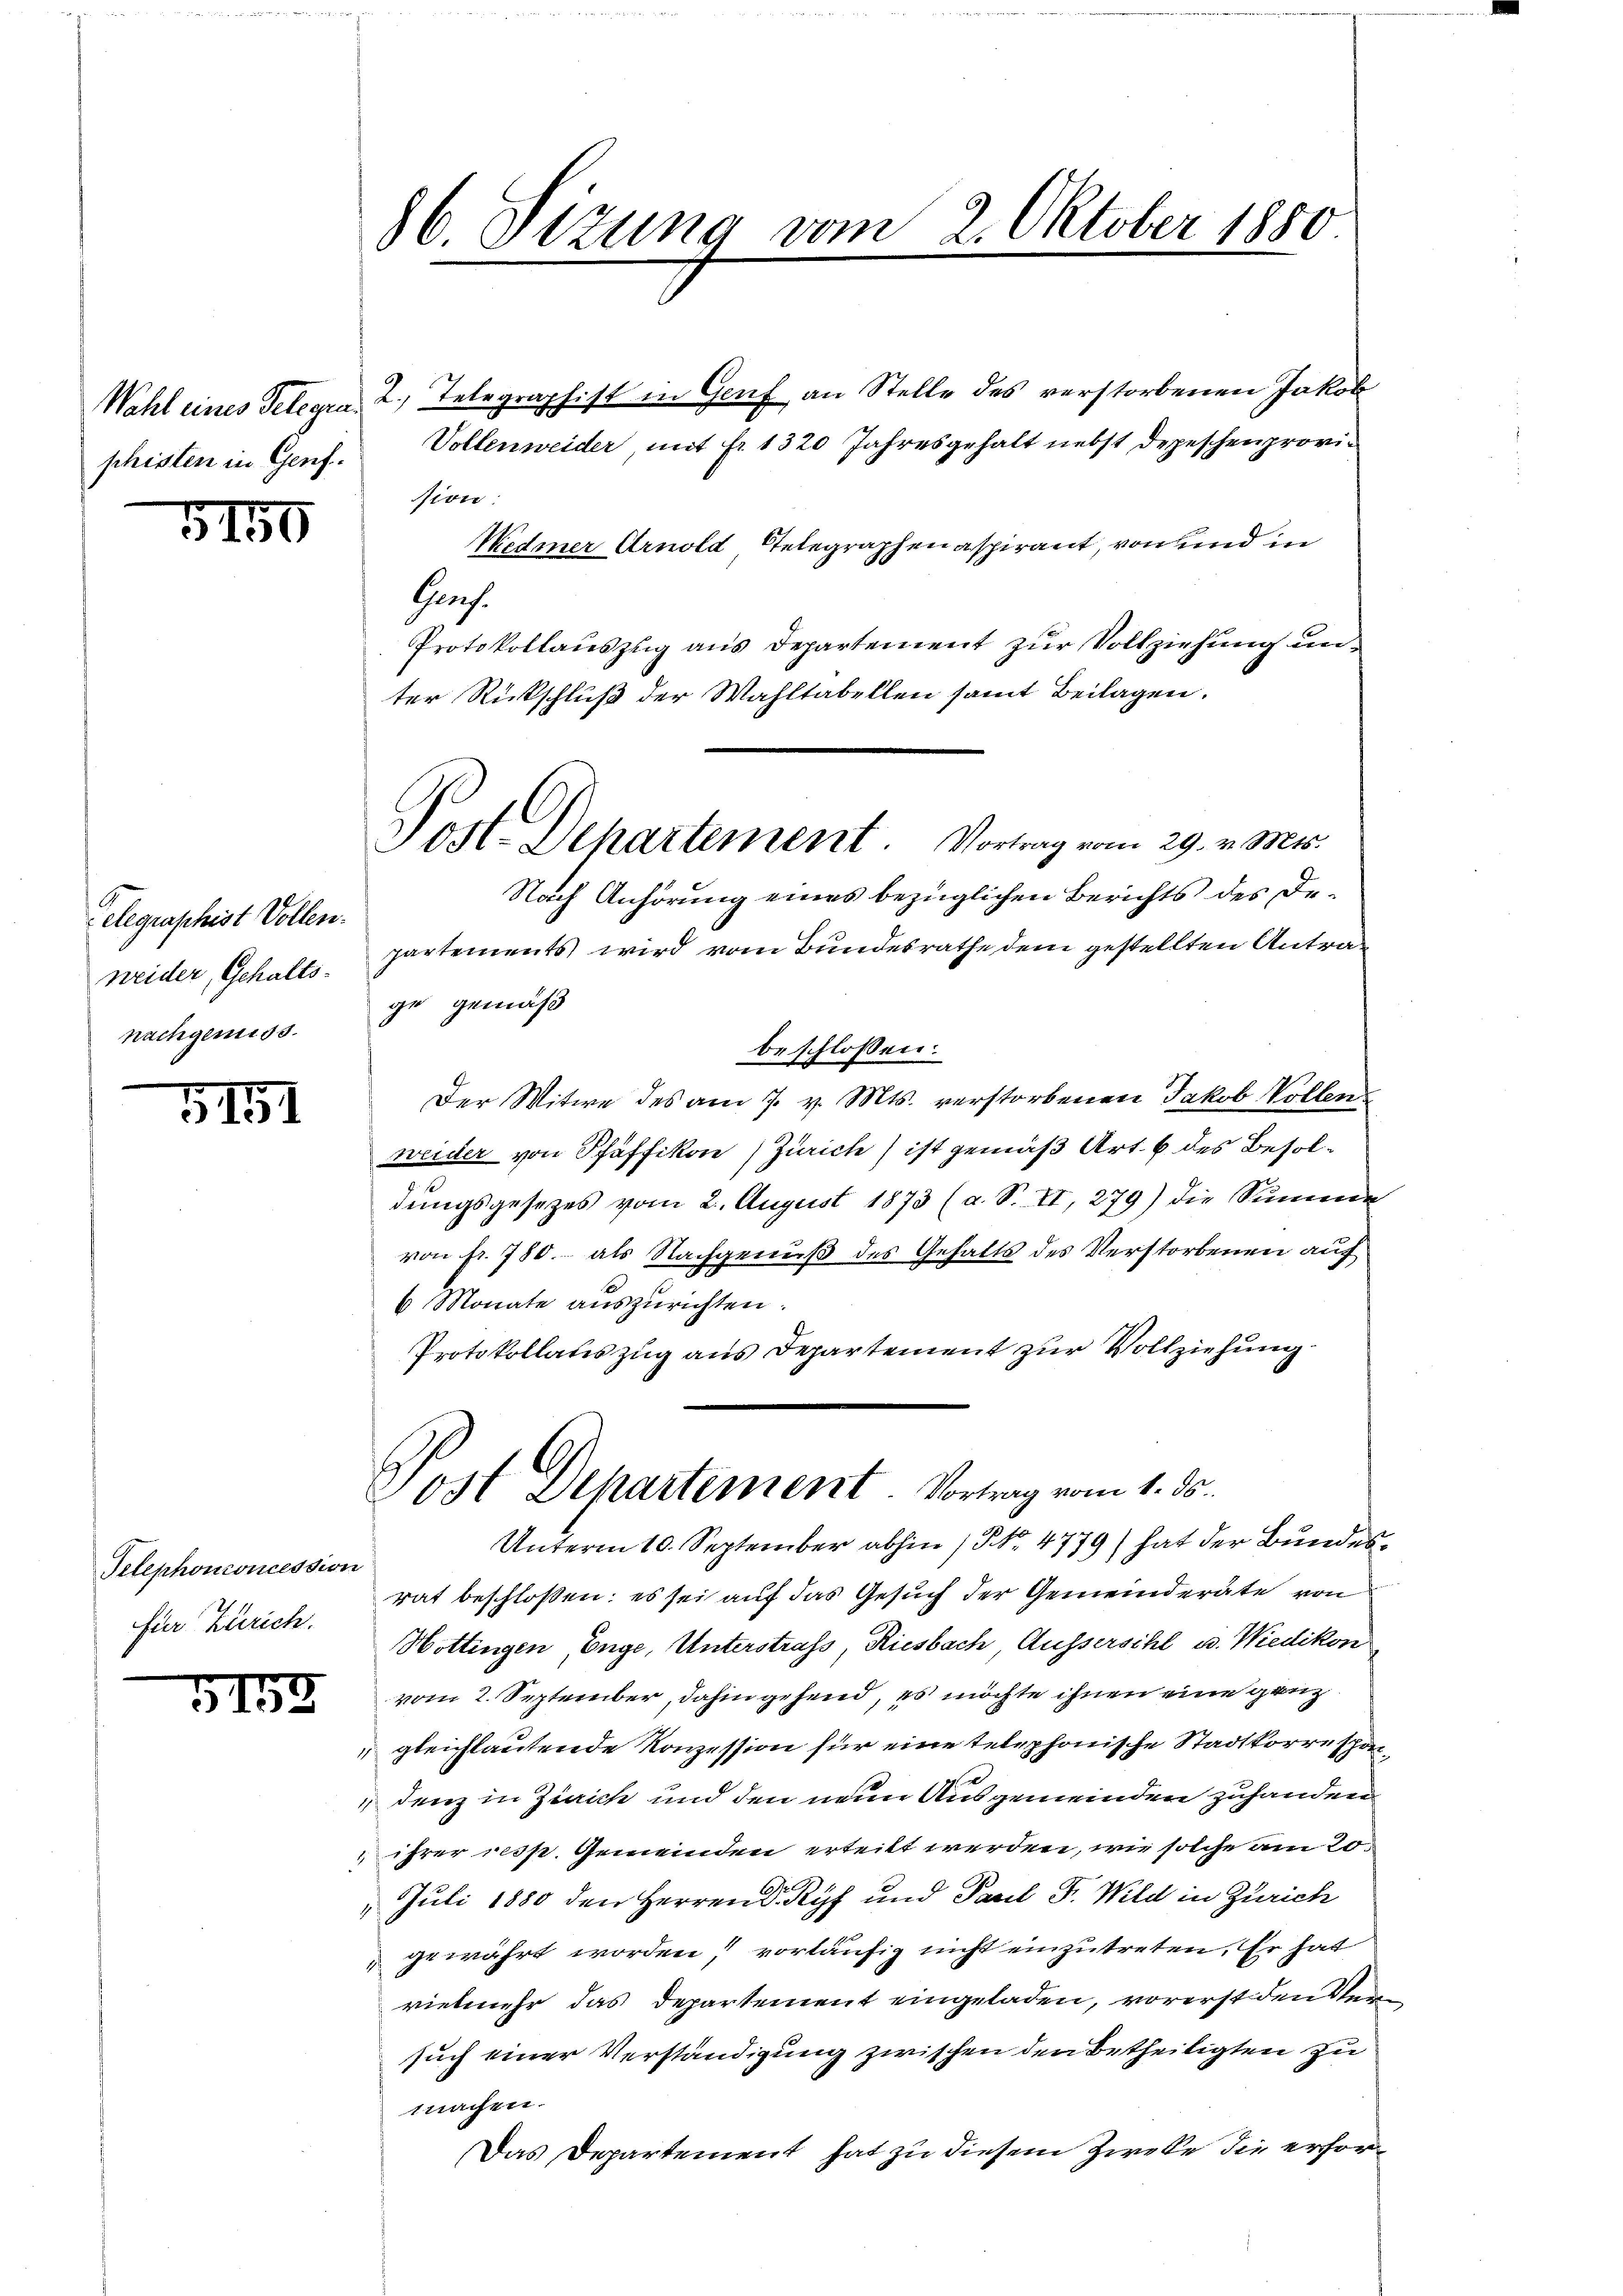
phisten in Genf.

5150

Hegenscheit Vollen.
weider, Gehalts-
nachgemess

5151

Telephonconcession
für Zürich.

5159

86. Sizung vom 2. Oktober 1880

Post. Departement. Vortrag vom 29. v. Mts.

Wahl eines Telegra 2. Telegraphist in Genf an Stelle des verstorbenen Jakob
Vollenweider, mit fr. 1320 Jahresgehalt nebst Depeschen provision:
Nedmer Arnold Telegraphenaspirant, von und in
Gres.
Protokollaŭszŭg ans Departement zur Vollziehung un-
ter Rückschluß der Wahltabellen samt Beilagen.
Nach Anhörung eines bezüglichen Berichts des Departements wird vom Bundesrathe dem gestellten Antrage gemäß
beschlossen:
Der Witwe des am 7. v. Mts. verstorbenen Jakob Vollen
weider von Pfäffikon) Zürich) ist gemäß Art. 6 des Besoldungsgesetzes vom 2. August 1873 (a. S. II, 279) die Summe
von fr. 780.- als Nachgenuß des Gehalts des Verstorbenen auf
6 Monate auszurichten.
Protokollateszug aus Departement zur Vollziehung
Post Departement. Vortrag vom 1. ds.
Unterm 10. September abhin / NNo. 4779) hat der Bundesrat beschloßen: es sei auf das Gesuch der Gemeinderäte von
Hottingen, Enge, Unterstrafs, Riesbach Aussersihl u. Wiedikon
vom 2. September, dahin gehend, es möchte ihnen eine ganz
 gleichlautende Konzession für eine telephonische Stadtkorrespondenz in Zürich und den neun Ausgemeinden zuhanden
ihrer resp. Gemeinden erteilt werden, wie solche am 20.
 Juli 1880 den Herren Dr Ryf und Paul Dr. Wild in Zürich
gewährt worden, vorläufig nicht einzutreten. Er hat
vielmehr das Departement eingeladen, vorerst den Versuch einer Verständigung zwischen den Betheiligten zu
machen.
Das Departement hat zu diesem Zwecke die erfor¬